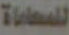
للمحاماة